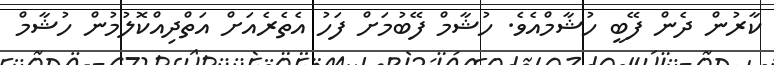
ކާރުން ދެން ފޭބީ ހުޝާމްއެވެ. ހުޝާމް ފޭބުމަށް ފަހު އެތެރެއަށް އަތްދިއްކޮލުމުން ހުޝާމް